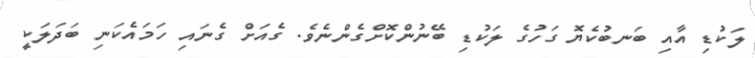
ލަކުޑި އާއި ބަނބުކެޔޮ ގަހުގެ ލަކުޑި ބޭނުންކޮށްގެންނެވެ. ގެއަށް ގެނައި ހަމައެކަނި ބަދަލަކީ